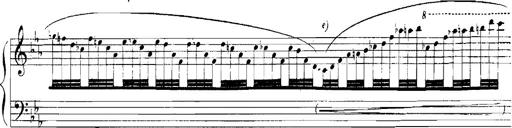
Title: Rhapsodies hongroises
Composer: Franz Liszt